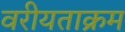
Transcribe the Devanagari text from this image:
वरीयताक्रम